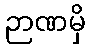
ဉာဏမှိ